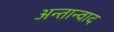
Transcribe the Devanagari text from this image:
अन्तान्वाद